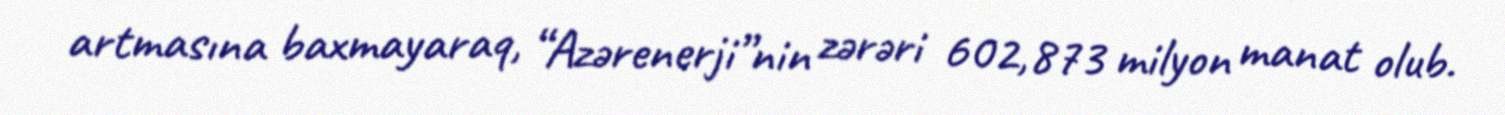
artmasına baxmayaraq, “Azərenerji”nin zərəri 602,873 milyon manat olub.